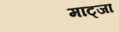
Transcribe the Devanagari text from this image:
माट्जा